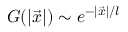
G ( | \vec { x } | ) \sim e ^ { - | \vec { x } | / l }